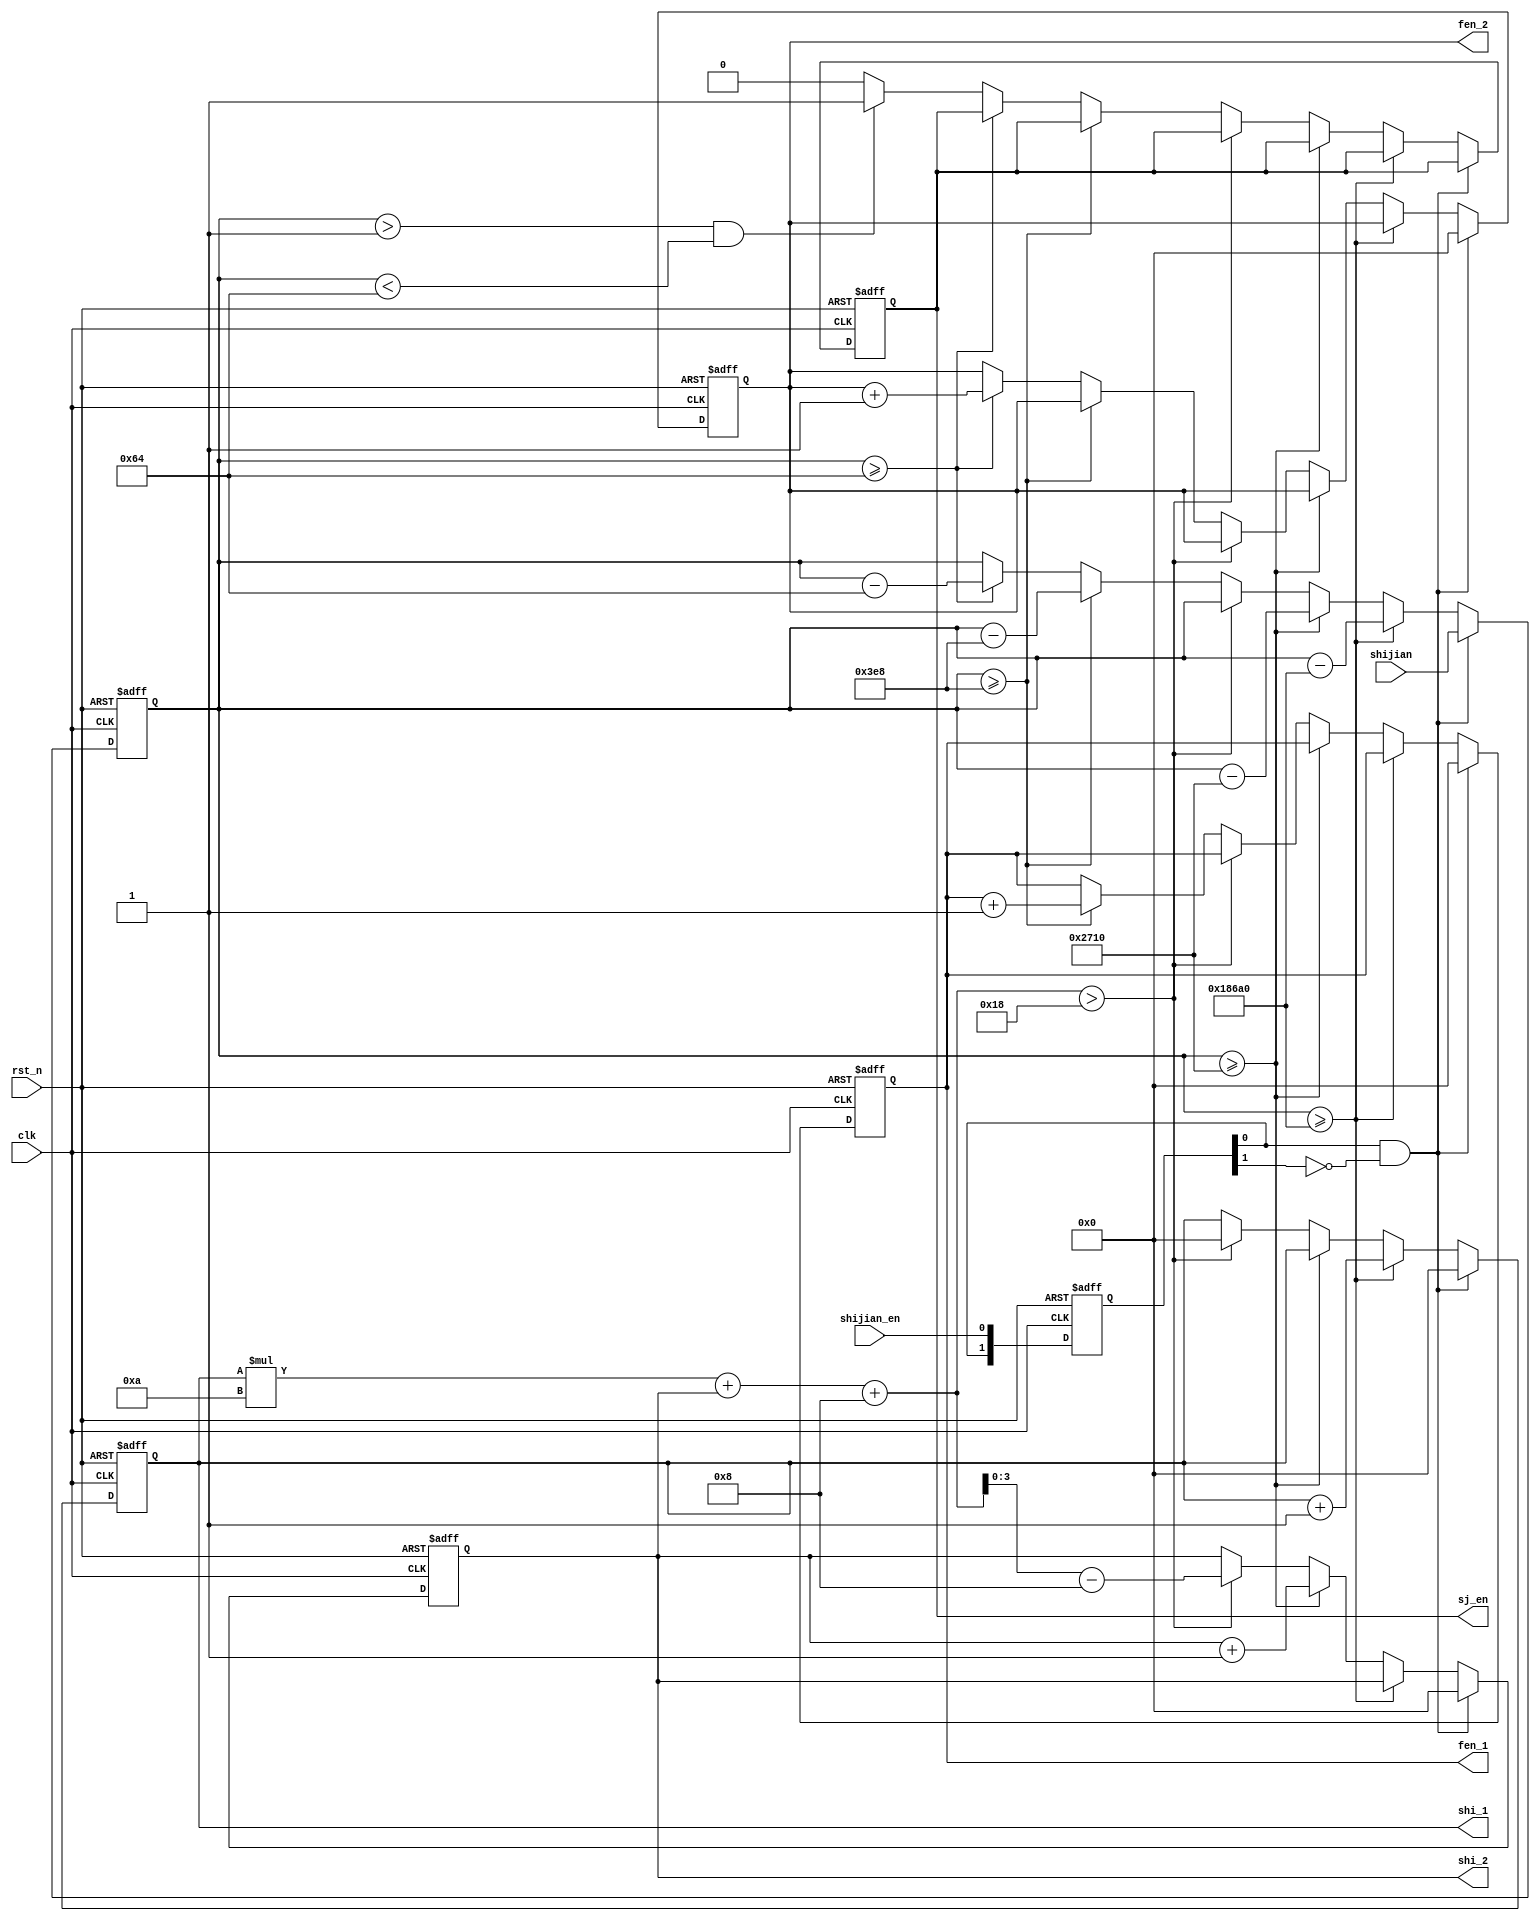
module time_(
	input [17:0]shijian,
	input clk,
	input rst_n,
	input shijian_en,     //
	output reg [3:0]shi_1,
	output reg [3:0]shi_2,
	output reg [3:0]fen_1,
	output reg [3:0]fen_2,
	output reg sj_en
    );

/*	always@(*)                                               //
	begin
		if((shijian%10000+4'd8)>5'd24)                      //UTC8
			begin
			shi_1<=(shijian%10000+4'd8-5'd24)%10;
			shi_2<=(shijian%10000+4'd8-5'd24)-shi_1*10;
			end
		else begin
			shi_1<=(shijian%10000+4'd8)%10;
			 shi_2<=(shijian%10000+4'd8)-shi_1*10;
			 end
		fen_1<=(shijian%1000-(shijian%10000)*10);
		fen_2<=(shijian%100-(shijian%1000)*10);			
	end*/

	reg [1:0]tmp_rx;                       //shijian_en
	wire podge;
	always@(posedge clk or negedge rst_n)  // 
	  begin
	  if(!rst_n)  tmp_rx<=2'b00;
	  else
	    begin
	    tmp_rx[0]<=shijian_en;
	    tmp_rx[1]<=tmp_rx[0];
	    end
	  end
	assign podge=tmp_rx[0]&~tmp_rx[1];	
		reg [17:0]sj;
	always@(posedge clk or negedge rst_n)                                //
		begin
			if(!rst_n)
				begin     shi_1<=4'd0; shi_2<=4'd0;sj<=1'b0;
						  fen_1<=4'd0; fen_2<=4'd0; sj_en<=1'b0;end
			else if(podge)begin sj<=shijian; shi_1<=4'd0; shi_2<=4'd0;fen_1<=4'd0; fen_2<=4'd0;end
			else if(sj>=17'd100000)begin
					sj<=sj-17'd100000;
					shi_1<=shi_1+1'b1;  end
			else if(sj>=14'd10000)begin
					sj<=sj-14'd10000;
					shi_2<=shi_2+1'b1;  end
			else if((shi_1*4'd10+shi_2+4'd8)>5'd24)                                 //UTC8
					begin					//eg 28 28-24=4 04
						/*sj_yichu<=shi_1*4'd10+shi_2+4'd8-5'd24;
						if(sj_yichu<4'd10)       //235959 23+8=31 31-24=7 7
								begin shi_2<=sj_yichu;
									  shi_1<=1'b0; end*/
						shi_2<=shi_1*4'd10+shi_2+4'd8-5'd24;
						shi_1<=1'b0;
					end 
			else if(sj>=10'd1000) begin
					sj<=sj-10'd1000;
					fen_1<=fen_1+1'b1; end
			else if(sj>=7'd100) begin
					sj<=sj-7'd100;
					fen_2<=fen_2+1'b1;end
			else if(sj>1'b1&sj<7'd100)sj_en<=1'b1;
			else  sj_en<=1'b0;
		end
endmodule